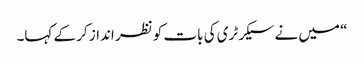
“ میں نے سیکرٹری کی بات کو نظر انداز کر کے کہا۔